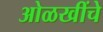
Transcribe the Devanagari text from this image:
ओळखींचे